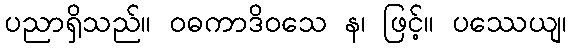
ပညာရှိသည်။ ဝဓကာဒိဝသေ န၊ ဖြင့်။ ပဿေယျ၊